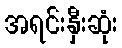
အရင်းနှီးဆုံး